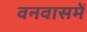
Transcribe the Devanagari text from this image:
वनवासमें